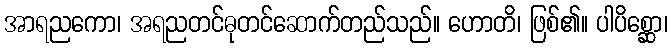
အာရညကော၊ အရညတင်ဓုတင်ဆောက်တည်သည်။ ဟောတိ၊ ဖြစ်၏။ ပါပိစ္ဆော၊